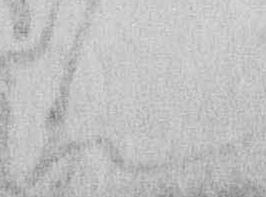
ん